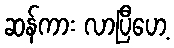
ဆန်ကား လာပြီဟေ့